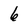
Character: 6